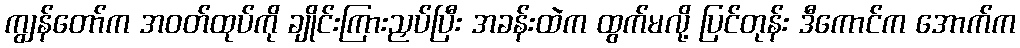
ကျွန်တော်က အဝတ်ထုပ်ကို ချိုင်းကြားညှပ်ပြီး အခန်းထဲက ထွက်မလို့ ပြင်တုန်း ဒီကောင်က အောက်က